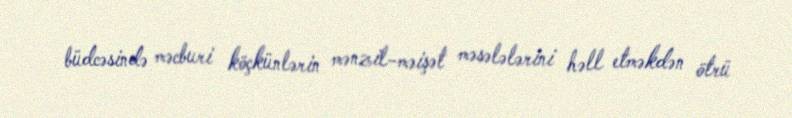
büdcəsində məcburi köçkünlərin mənzil-məişət məsələlərini həll etməkdən ötrü